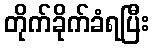
တိုက်ခိုက်ခံရပြီး